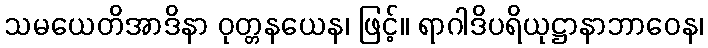
သမယေတိအာဒိနာ ဝုတ္တနယေန၊ ဖြင့်။ ရာဂါဒိပရိယုဋ္ဌာနာဘာဝေန၊